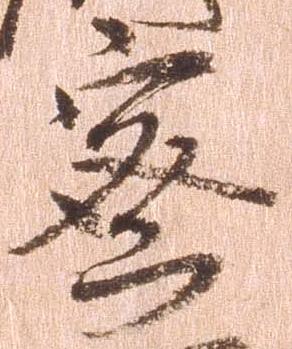
密